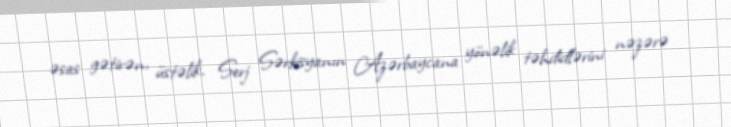
əsas gətirən, üstəlik, Serj Sərkisyanın Azərbaycana yönəlik təhdidlərini nəzərə